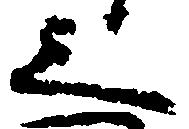
之